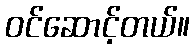
ဝင်ဆောင့်တယ်။